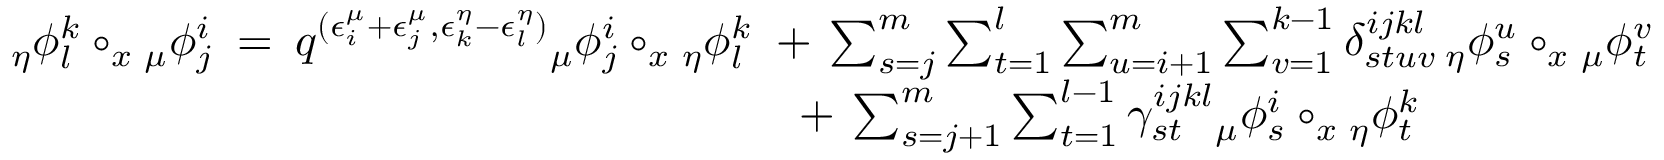
\begin{array} { r l } { { _ { \eta } \phi _ { l } ^ { k } } \circ _ { x } { _ { \mu } \phi _ { j } ^ { i } } \: = \: q ^ { ( \epsilon _ { i } ^ { \mu } + \epsilon _ { j } ^ { \mu } , \epsilon _ { k } ^ { \eta } - \epsilon _ { l } ^ { \eta } ) } { _ { \mu } \phi _ { j } ^ { i } } \circ _ { x } { _ { \eta } \phi _ { l } ^ { k } } } & { \! \! \! + \: \sum _ { s = j } ^ { m } \sum _ { t = 1 } ^ { l } \sum _ { u = i + 1 } ^ { m } \sum _ { v = 1 } ^ { k - 1 } \delta _ { s t u v } ^ { i j k l } \, { _ { \eta } \phi _ { s } ^ { u } } \circ _ { x } { _ { \mu } \phi _ { t } ^ { v } } } \\ & { + \: \sum _ { s = j + 1 } ^ { m } \sum _ { t = 1 } ^ { l - 1 } \gamma _ { s t } ^ { i j k l } { _ { \mu } \phi _ { s } ^ { i } } \circ _ { x } { _ { \eta } \phi _ { t } ^ { k } } } \end{array}